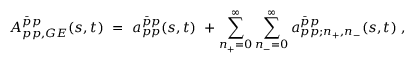
{ A _ { p p , G E } ^ { \bar { p } p } } ( s , t ) \ = \ { a _ { p p } ^ { \bar { p } p } } ( s , t ) \ + \sum _ { n _ { + } = 0 } ^ { \infty } \sum _ { n _ { - } = 0 } ^ { \infty } a _ { p p ; n _ { + } , n _ { - } } ^ { \bar { p } p } ( s , t ) \ ,